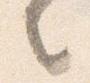
之